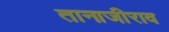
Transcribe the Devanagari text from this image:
तानाजीराव